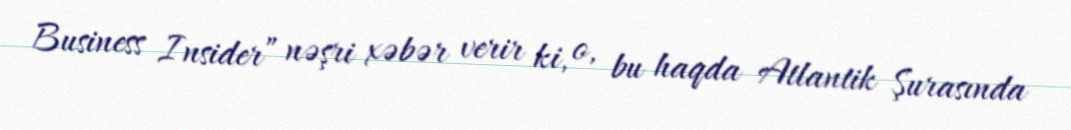
Business Insider” nəşri xəbər verir ki, o, bu haqda Atlantik Şurasında